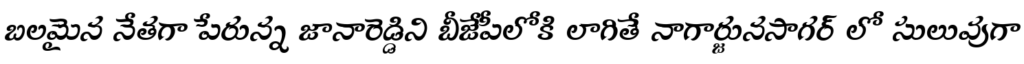
బలమైన నేతగా పేరున్న జానారెడ్డిని బీజేపీలోకి లాగితే నాగార్జునసాగర్ లో సులువుగా